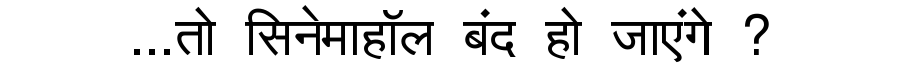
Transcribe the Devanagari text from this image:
...तो सिनेमाहॉल बंद हो जाएंगे ?